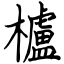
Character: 櫨